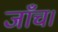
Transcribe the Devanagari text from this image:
जाँच।